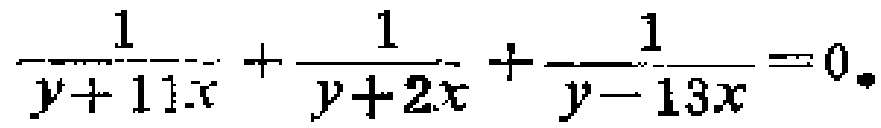
\(\frac{1}{y + 11x}+\frac{1}{y + 2x}+\frac{1}{y - 13x}=0\)